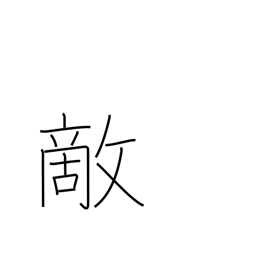
Meaning: foe